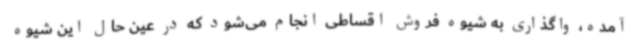
آمده، واگذاری به شیوه فروش اقساطی انجام می‌شود که در عین حال این شیوه